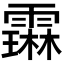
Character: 𬰋